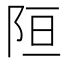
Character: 𲉎